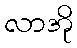
လာအို